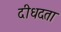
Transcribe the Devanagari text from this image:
दीधदता